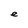
Character: e